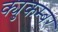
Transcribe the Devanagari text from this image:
क्युकम्बर